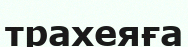
трахеяға